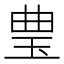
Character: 㻃